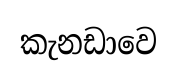
කැනඩාවෙ